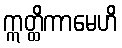
ဣတ္ထိကာမေဟိ